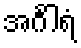
အင်္ဂါရံ